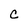
Character: c